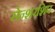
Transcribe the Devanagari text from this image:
सेन्शरशिप